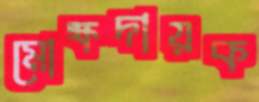
মোক্ষদায়ক